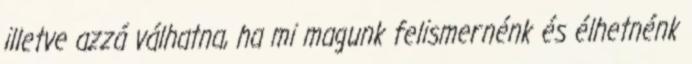
illetve azzá válhatna, ha mi magunk felismernénk és élhetnénk